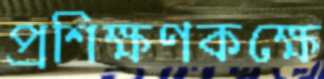
প্রশিক্ষণকক্ষে